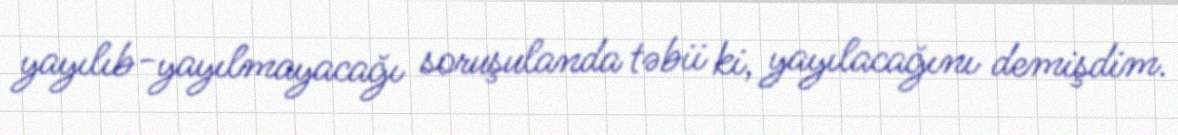
yayılıb-yayılmayacağı soruşulanda təbii ki, yayılacağını demişdim.